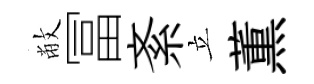
敝冨紊立薫